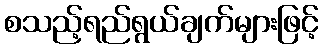
စသည့်ရည်ရွယ်ချက်များဖြင့်